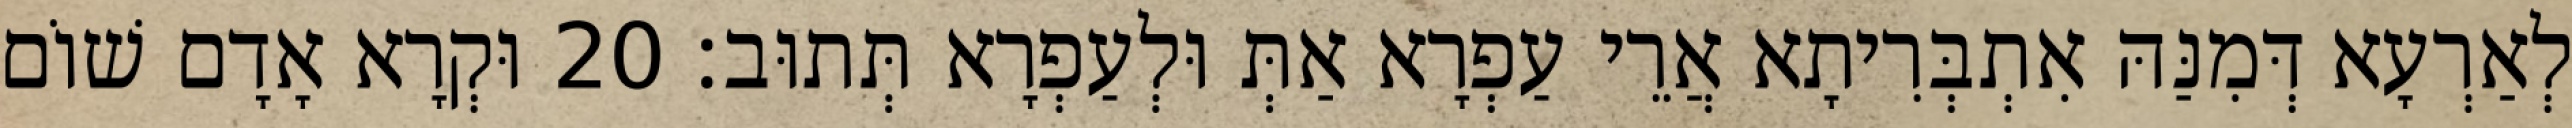
לְאַרְעָא דְּמִנַּהּ אִתְבְּרִיתָא אֲרֵי עַפְרָא אַתְּ וּלְעַפְרָא תְּתוּב׃ 20 וּקְרָא אָדָם שׁוֹם